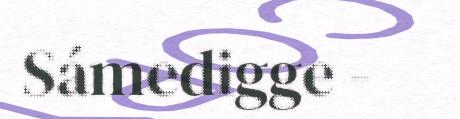
Sámedigge -